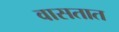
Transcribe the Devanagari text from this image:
वासतात